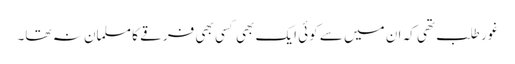
غور طلب تھی کہ ان میں سے کوئی ایک بھی کسی بھی فرقے کا مسلمان نہ تھا۔